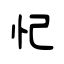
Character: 忋